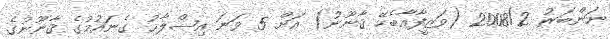
ނަންބަރު 2008/2 (ވަޒީފާއާބެހޭ ޤާނޫނު) އަށް 5 ވަނަ އިޞްލާޙު ގެނައުމުގެ ޤާނޫނުގެ